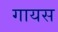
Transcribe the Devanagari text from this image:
गायस